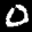
Label: 0